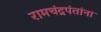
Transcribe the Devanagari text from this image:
रामचंद्रपंतांना